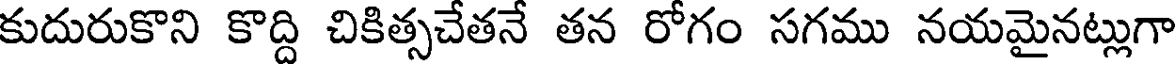
కుదురుకొని కొద్ది చికిత్సచేతనే తన రోగం సగము నయమైనట్లుగా